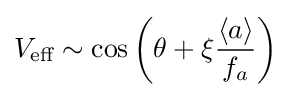
V_{\text{eff}}\sim \cos {\bigg (}\theta +\xi {\frac {\langle a\rangle }{f_{a}}}{\bigg )}